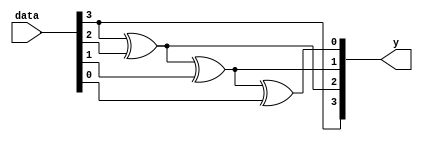
module four_bit_grey_code_gen(data, y);
  input [3:0] data;
  output [3:0] y;
  assign y[3]=data[3];
  xor x1(y[2], y[3], data[2]);
  xor x2(y[1], y[2], data[1]);
  xor x3(y[0], y[1], data[0]);
endmodule